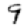
Digit: 9